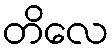
တိလေ